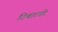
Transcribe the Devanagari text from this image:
टिबाल्डी